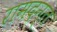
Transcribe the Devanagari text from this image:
रामदन्त